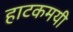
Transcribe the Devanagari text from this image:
हाटकमयी